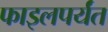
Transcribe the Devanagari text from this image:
फाइलपर्यंत